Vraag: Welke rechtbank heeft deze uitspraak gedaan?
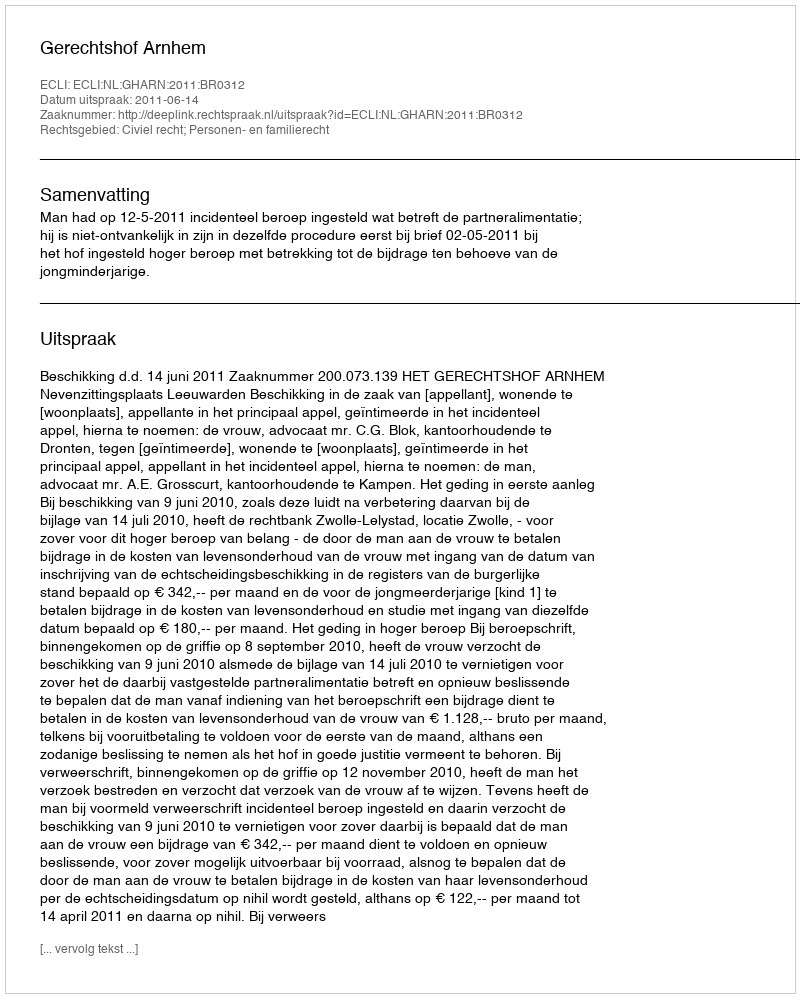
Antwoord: Gerechtshof Arnhem